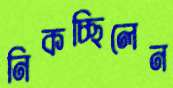
নিকচ্ছিলেন